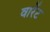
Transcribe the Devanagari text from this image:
वारेंट